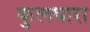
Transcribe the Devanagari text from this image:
कुलधारा